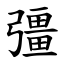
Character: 彊